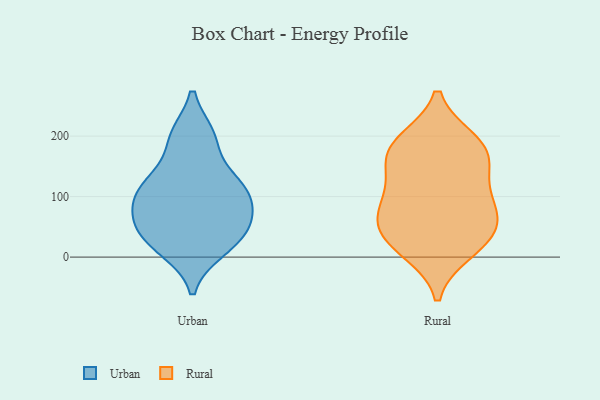
{"axis": {"x": "Waste Production (Tons)", "y": "Value"}, "legend": ["Rural", "Urban"], "data": [{"x": "", "y": 200, "type": "Urban"}, {"x": "", "y": 123, "type": "Urban"}, {"x": "", "y": 84, "type": "Urban"}, {"x": "", "y": 57, "type": "Urban"}, {"x": "", "y": 56, "type": "Urban"}, {"x": "", "y": 12, "type": "Urban"}, {"x": "", "y": 129, "type": "Urban"}, {"x": "", "y": 98, "type": "Urban"}, {"x": "", "y": 42, "type": "Urban"}, {"x": "", "y": 20, "type": "Urban"}, {"x": "", "y": 111, "type": "Urban"}, {"x": "", "y": 198, "type": "Urban"}, {"x": "", "y": 68, "type": "Rural"}, {"x": "", "y": 70, "type": "Rural"}, {"x": "", "y": 35, "type": "Rural"}, {"x": "", "y": 191, "type": "Rural"}, {"x": "", "y": 165, "type": "Rural"}, {"x": "", "y": 50, "type": "Rural"}, {"x": "", "y": 21, "type": "Rural"}, {"x": "", "y": 99, "type": "Rural"}, {"x": "", "y": 11, "type": "Rural"}, {"x": "", "y": 147, "type": "Rural"}, {"x": "", "y": 175, "type": "Rural"}, {"x": "", "y": 188, "type": "Rural"}, {"x": "", "y": 105, "type": "Rural"}]}